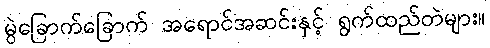
မွဲခြောက်ခြောက် အရောင်အဆင်းနှင့် ရွက်ထည်တဲများ။